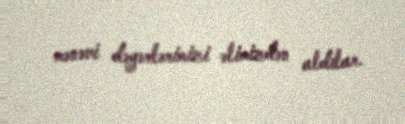
mənəvi dəyərlərimizi əlimizdən aldılar.